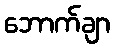
ဘောက်ချာ